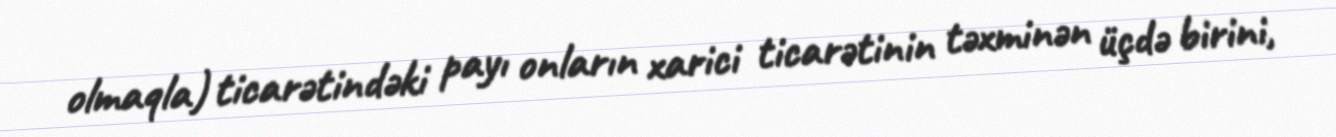
olmaqla) ticarətindəki payı onların xarici ticarətinin təxminən üçdə birini,